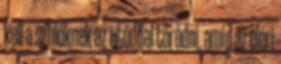
kell a szülőknek az utóddal törődni, amíg az eléri